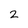
Character: 2